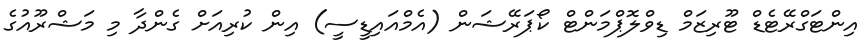
އިންޓަގްރޭޓެޑް ޓޫރިޒަމް ޑިވްލޮޕްމަންޓް ކޯޕަރޭޝަން (އެމްއައިޑީސީ) އިން ކުރިއަށް ގެންދާ މި މަޝްރޫއުގެ